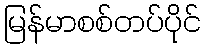
မြန်မာစစ်တပ်ပိုင်